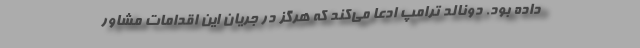
داده بود. دونالد ترامپ ادعا می‌کند که هرگز در جریان این اقدامات مشاور